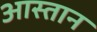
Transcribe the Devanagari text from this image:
आस्तान